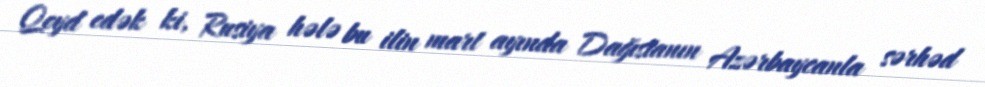
Qeyd edək ki, Rusiya hələ bu ilin mart ayında Dağıstanın Azərbaycanla sərhəd